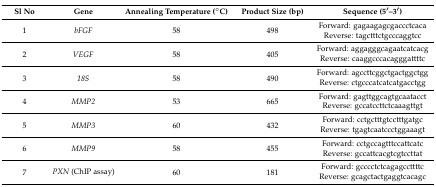
| Sl No | Gene | Annealing Temperature (°C) | Product Size (bp) | Sequence (5′–3′) |
 | --- | --- | --- | --- | --- |
 | <ROWSPAN=2> 1 | <ROWSPAN=2> bFGF | <ROWSPAN=2> 58 | <ROWSPAN=2> 498 | Forward: gagaagagcgaccctcaca |
 | Reverse: tagctttctgcccaggtcc |
 | <ROWSPAN=2> 2 | <ROWSPAN=2> VEGF | <ROWSPAN=2> 58 | <ROWSPAN=2> 405 | Forward: aggagggcagaatcatcacg |
 | Reverse: caaggcccacagggattttc |
 | <ROWSPAN=2> 3 | <ROWSPAN=2> 18S | <ROWSPAN=2> 58 | <ROWSPAN=2> 490 | Forward: agccttcggctgactggctgg |
 | Reverse: ctgcccatcatcatgacctgg |
 | <ROWSPAN=2> 4 | <ROWSPAN=2> MMP2 | <ROWSPAN=2> 53 | <ROWSPAN=2> 665 | Forward: gagttggcagtgcaatacct |
 | Reverse: gccatccttctcaaagttgt |
 | <ROWSPAN=2> 5 | <ROWSPAN=2> MMP3 | <ROWSPAN=2> 60 | <ROWSPAN=2> 432 | Forward: cctgctttgtcctttgatgc |
 | Reverse: tgagtcaatccctggaaagt |
 | <ROWSPAN=2> 6 | <ROWSPAN=2> MMP9 | <ROWSPAN=2> 58 | <ROWSPAN=2> 455 | Forward: cctgccagtttccattcatc |
 | Reverse: gccattcacgtcgtccttat |
 | <ROWSPAN=2> 7 | <ROWSPAN=2> PXN (ChIP assay) | <ROWSPAN=2> 60 | <ROWSPAN=2> 181 | Forward: gcccctctcagagccttttc |
 | Reverse: gcagctactgaggtcacagc |